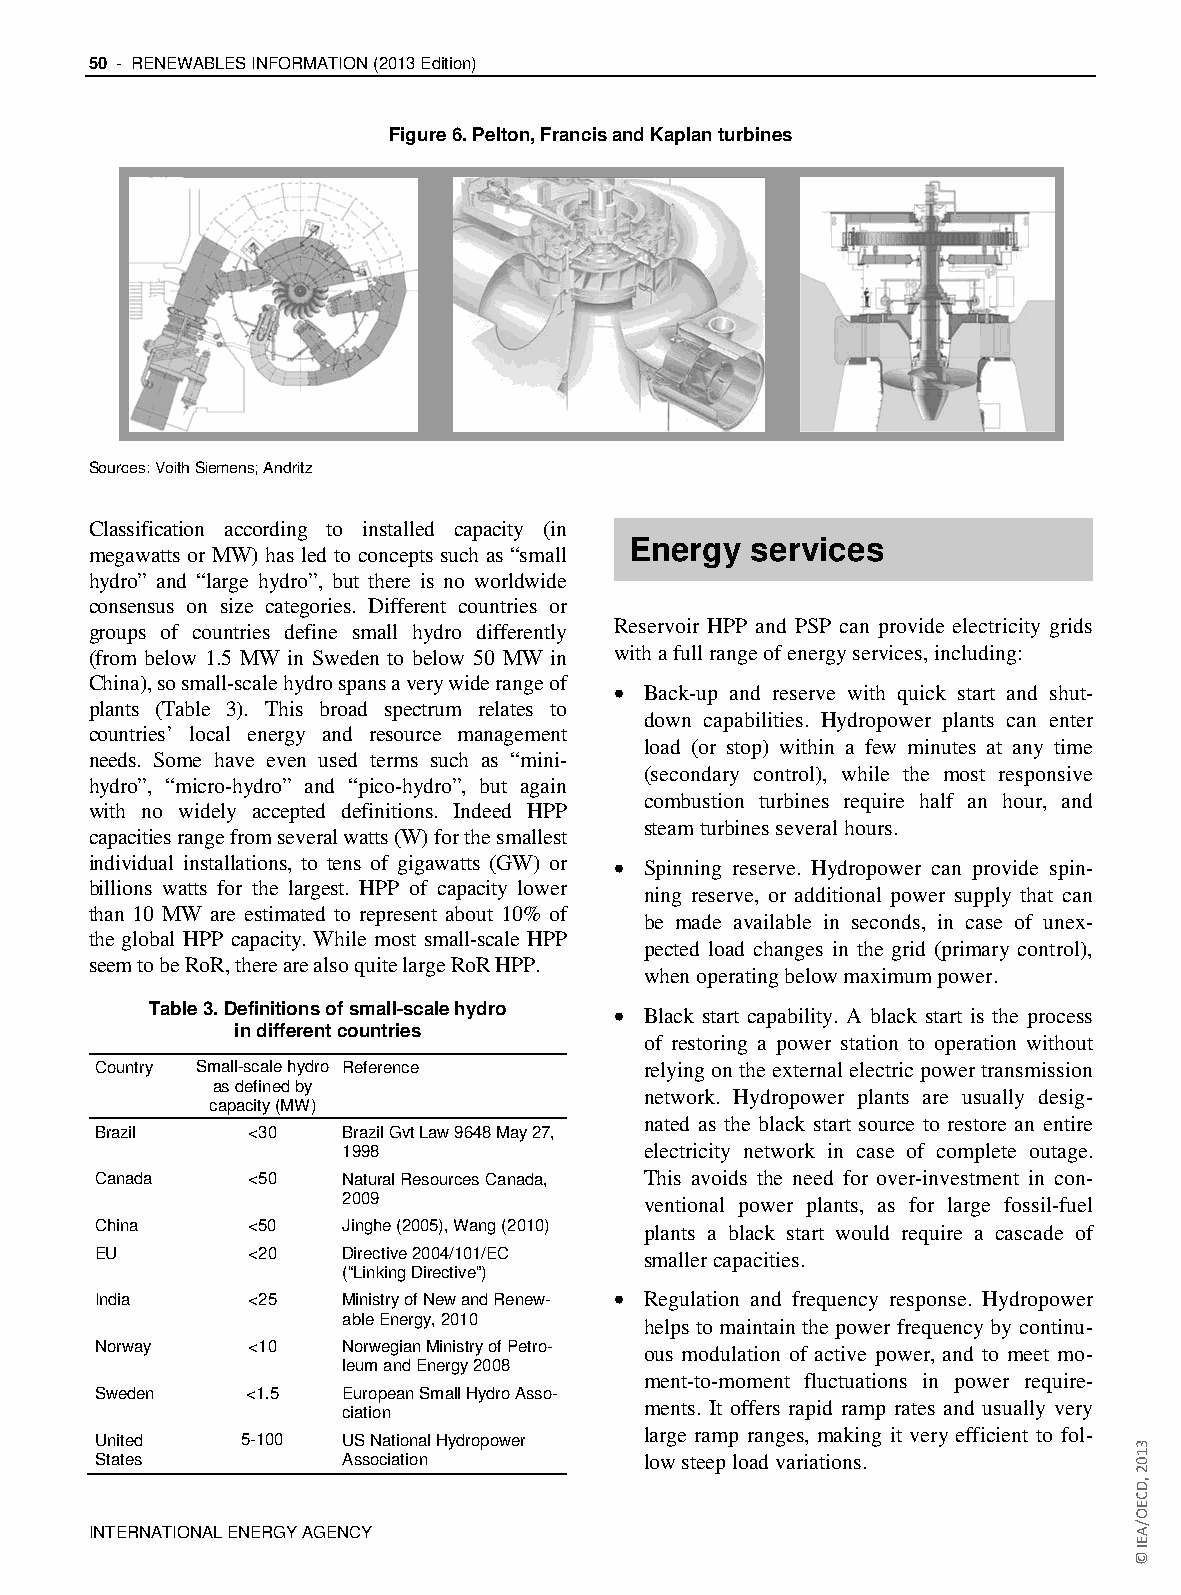
50 - RENEWABLES INFORMATION (2013 Edition)
 Figure 6. Pelton, Francis and Kaplan turbines
 Sources: Voith Siemens; Andritz
 Classification according to installed capacity (in
 Energy  services
 megawatts or MW) has led to concepts such as “small
 hydro” and “large hydro”, but there is no worldwide
 consensus on size categories. Different countries or
 groups of countries define small hydro differently Reservoir HPP and PSP can provide electricity grids
 (from below 1.5 MW in Sweden to below 50 MW in with a full range of energy services, including:
 China), so small-scale hydro spans a very wide range of • Back-up and reserve with quick start and shut-
 plants (Table 3). This broad spectrum relates to
 down capabilities. Hydropower plants can enter
 countries’ local energy and resource management
 load (or stop) within a few minutes at any time
 needs. Some have even used terms such as “mini-
 (secondary control), while the most responsive
 hydro”, “micro-hydro” and “pico-hydro”, but again
 combustion turbines require half an hour, and
 with no widely accepted definitions. Indeed HPP
 steam turbines several hours.
 capacities range from several watts (W) for the smallest
 individual installations, to tens of gigawatts (GW) or • Spinning reserve. Hydropower can provide spin-
 billions watts for the largest. HPP of capacity lower
 ning reserve, or additional power supply that can
 than 10 MW are estimated to represent about 10% of
 be made available in seconds, in case of unex-
 the global HPP capacity. While most small-scale HPP
 pected load changes in the grid (primary control),
 seem to be RoR, there are also quite large RoR HPP.
 when operating below maximum power.
 Table 3. Definitions of small-scale hydro • Black start capability. A black start is the process
 in different countries
 of restoring a power station to operation without
 Country Small-scale hydro Reference  relying on the external electric power transmission
 as defined by
 network. Hydropower plants are usually desig-
 capacity (MW)
 nated as the black start source to restore an entire
 Brazil    <30    Brazil Gvt Law 9648 May 27,
 1998                electricity network in case of complete outage.
 Canada    <50    Natural Resources Canada, This avoids the need for over-investment in con-
 2009                ventional power plants, as for large fossil-fuel
 China     <50    Jinghe (2005), Wang (2010) plants a black start would require a cascade of
 EU        <20    Directive 2004/101/EC smaller capacities.
 (“Linking Directive”)
 India     <25    Ministry of New and Renew- • Regulation and frequency response. Hydropower
 able Energy, 2010   helps to maintain the power frequency by continu-
 Norway    <10    Norwegian Ministry of Petro- ous modulation of active power, and to meet mo-
 leum and Energy 2008
 ment-to-moment fluctuations in power require-
 Sweden    <1.5   European Small Hydro Asso-
 ments. It offers rapid ramp rates and usually very
 ciation
 large ramp ranges, making it very efficient to fol-
 United    5-100  US National Hydropower
 States           Association         low steep load variations.
 INTERNATIONAL ENERGY AGENCY
 3102
 ,DCEO/AEI
 ©